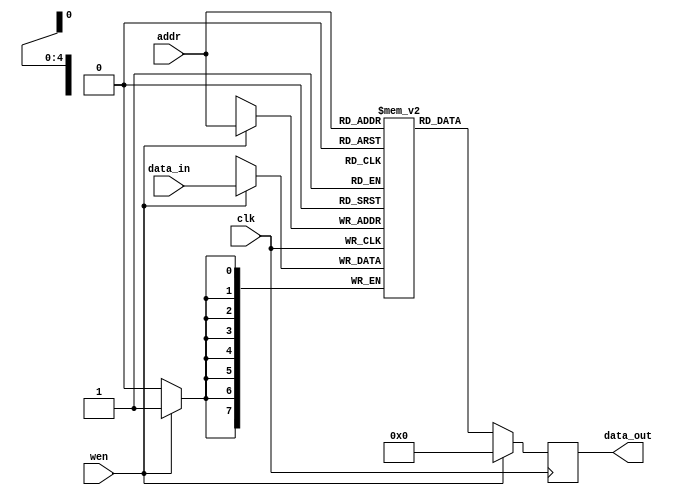
// MVMAMA001 STLTSE004
// Mvimbi Amandla Seutloali Matlali
// DESIGN
`timescale 1ns / 1ps

module reg_mem (addr, data_in, wen, clk, data_out);
  
 // 8bits (1byte) wide and 32 entries deep.

 parameter DATA_WIDTH = 8; //8 bit wide data
 parameter ADDR_BITS = 5; //32 Addresses

 input [ADDR_BITS-1:0] addr;
 input [DATA_WIDTH-1:0] data_in;
 input wen;
 input clk;
 output [DATA_WIDTH-1:0] data_out;

 reg [DATA_WIDTH-1:0] data_out;

 //8 memory locations each storing a 4bits wide value
 reg [DATA_WIDTH-1:0] mem_array [(2**ADDR_BITS)-1:0];

 always @(posedge clk) begin

 	if (wen) begin //Write
 		mem_array [addr] <= data_in;
 		data_out <= #(DATA_WIDTH)'b0;
 	end

	 else begin //Read
		 data_out <= mem_array[addr];
	 end
 end

 endmodule